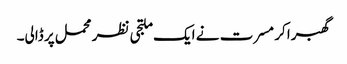
گھبرا کر مسرت نے ایک ملتجی نظر محمل پر ڈالی۔